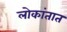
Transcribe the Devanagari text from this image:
लोकांतात